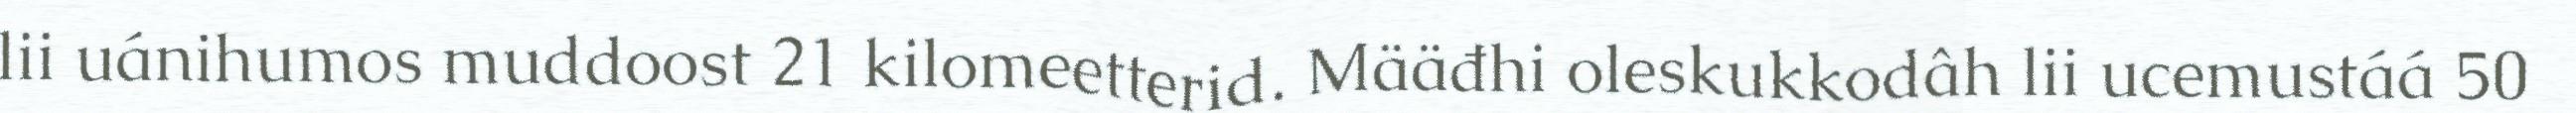
lii uánihumos muddoost 21 kilomeetterid. Määđhi oleskukkodâh lii ucemustáá 50